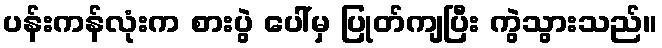
ပန်းကန်လုံးက စားပွဲ ပေါ်မှ ပြုတ်ကျပြီး ကွဲသွားသည်။